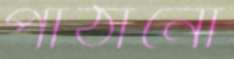
পাঠানো